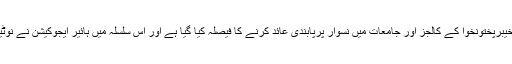
نجی ٹی وی کے مطابق خیبرپختونخوا کے کالجز اور جامعات میں نسوار پرپابندی عائد کرنے کا فیصلہ کیا گیا ہے اور اس سلسلہ میں ہائیر ایجوکیشن نے نوٹیفکیشن جاری کر دیا ہے۔